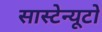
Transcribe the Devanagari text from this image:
सास्टेन्यूटो